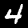
Label: 4